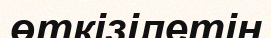
өткізілетін